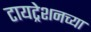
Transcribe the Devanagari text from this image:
टायट्रेशनच्या